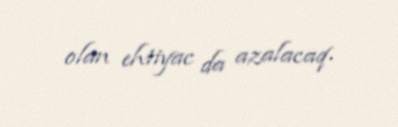
olan ehtiyac da azalacaq.